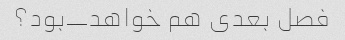
فصل بعدی هم خواهد_بود؟